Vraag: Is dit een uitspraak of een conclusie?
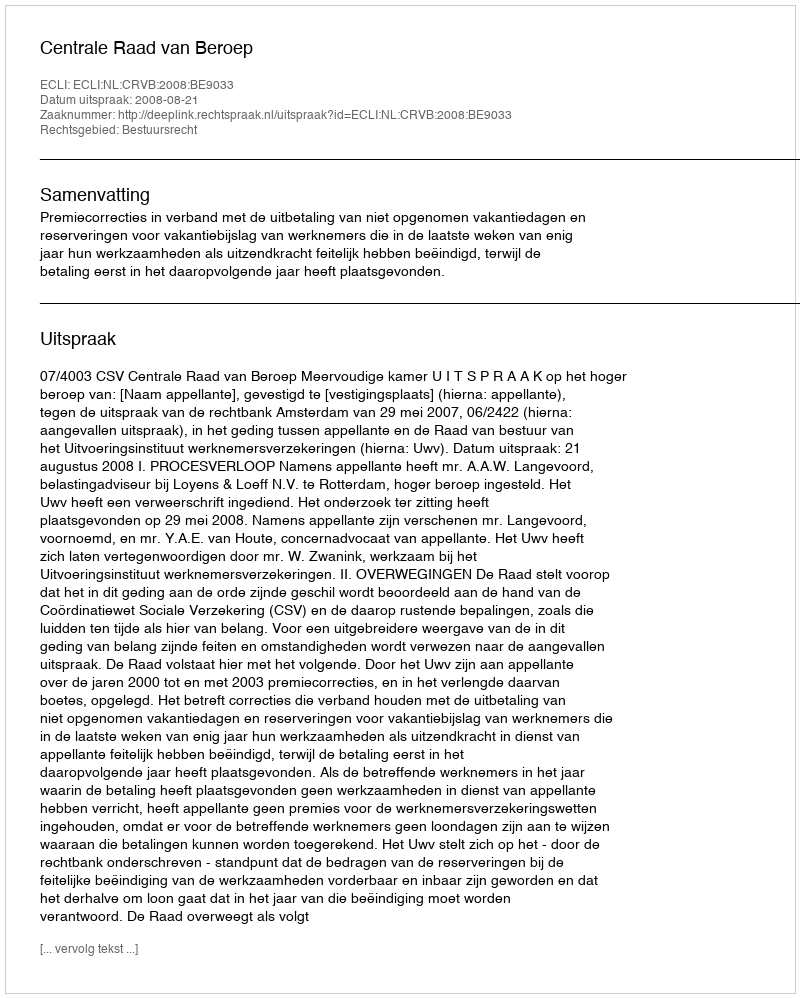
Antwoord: Uitspraak